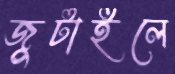
জুটাইলে